Report on horse surra - Volume I
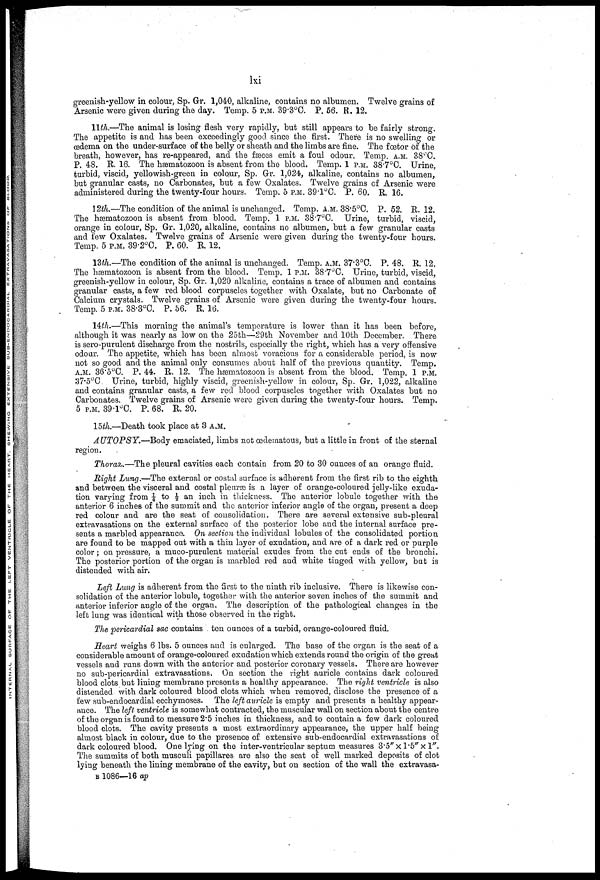
lxi
greenish-yellow in colour, Sp. Gr. 1,040, alkaline, contains no albumen. Twelve grains of
Arsenic were given during the day. Temp. 5 P.M. 39.3°C. P. 56. R. 12.
11th,—The animal is losing flesh very rapidly, but still appears to be fairly strong.
The appetite is and has been exceedingly good since the first. There is no swelling or
œdema on the under-surface of the belly or sheath and the limbs are fine. The fœtor of the
breath, however, has re-appeared, and the fasces emit a foul odour. Temp. A.M. 38°C.
P. 48. R. 16. The hæmatozoon is absent from the blood. Temp. 1 P.M. 38.7°0. Urine,
turbid, viscid, yellowish-green in colour, Sp. Gr. 1,024, alkaline, contains no albumen,
but granular casts, no Carbonates, but a few Oxalates. Twelve grains of Arsenic were
administered during the twenty-four hours. Temp. 5 P.M. 39.l°C. P. 60. R. 16.
12th.—The condition of the animal is unchanged. Temp. A.M. 38.5°C. P. 52. R. 12.
The hæmatozoon is absent from blood. Temp. 1 P.M. 38.7°C. Urine, turbid, viscid,
orange in colour, Sp. Gr. 1,020, alkaline, contains no albumen, but a few granular casts
and few Oxalates. Twelve grains of Arsenic were given during the twenty-four hours.
Temp. 5 P.M. 39.2°C. P. 60. R. 12.
13th.—The condition of the animal is unchanged. Temp. A.M. 37.3°C. P. 48. R. 12.
The hæmatozoon is absent from the blood. Temp. 1 P.M. 38.7°C. Urine, turbid, viscid,
greenish-yellow in colour, Sp. Gr. 1,020 alkaline, contains a trace of albumen and contains
granular casts, a few red blood corpuscles together with Oxalate, but no Carbonate of
Calcium crystals. Twelve grains of Arsenic were given during the twenty-four hours.
Temp. 5 P.M. 38.3°C. P. 56. R. 16.
14th.—This morning the animal's temperature is lower than it has been before,
although it was nearly as low on the 25th—29th November and 10th December. There
is sero-purulent discharge from the nostrils, especially the right, which has a very offensive
odour. The appetite, which has been almost voracious for a considerable period, is now
not so good and the animal only consumes about half of the previous quantity. Temp.
A.M. 36.5°C. P. 44. R. 12. The hæmatozoon is absent from the blood. Temp. 1 P.M.
37.5°C. Urine, turbid, highly viscid, greenish-yellow in colour, Sp. Gr. 1,022, alkaline
and contains granular casts, a few red blood corpuscles together with Oxalates but no
Carbonates. Twelve grains of Arsenic were given during the twenty-four hours. Temp.
5 P.M. 39.l°C. P. 68. R. 20.
15th.—Death took place at 3 A.M.
AUTOPSY.—Body emaciated, limbs not (edematous, but a little in front of the sternal
region.
Thorax.—The pleural cavities each contain from 20 to 30 ounces of an orange fluid.
Right Lung,—The external or costal surface is adherent from the first rib to the eighth
and between the visceral and costal pleuræ is a layer of orange-coloured jelly-like exuda-
tion varying from ¼ to ½ an inch in thickness. The anterior lobule together with the
anterior 6 inches of the summit and the anterior inferior angle of the organ, present a deep
red colour and are the seat of consolidation. There are several extensive sub-pleural
extravasations on the external surface of the posterior lobe and the internal surface pre-
sents a marbled appearance. On section the individual lobules of the consolidated portion
are found to be mapped out with a thin layer of exudation, and are of a dark red or purple
color ; on pressure, a muco-purulent material exudes from the cut ends of the bronchi.
The posterior portion of the organ is marbled red and white tinged with yellow, but is
distended with air.
Left Lung is adherent from the first to the ninth rib inclusive. There is likewise con-
solidation of the anterior lobule, together with the anterior seven inches of the summit and
anterior inferior angle of the organ. The description of the pathological changes in the
left lung was identical with those observed in the right.
The pericardial sac contains ten ounces of a turbid, orange-coloured fluid.
Heart weighs 6 lbs. 5 ounces and is enlarged. The base of the organ is the seat of a
considerable amount of orange-coloured exudation which extends round the origin of the great
vessels and runs down with the anterior and posterior coronary vessels. There are however
no sub-pericardial extravasations. On section the right auricle contains dark coloured
blood clots but lining membrane presents a healthy appearance. The right ventricle is also
distended with dark coloured blood clots which when removed, disclose the presence of a
few sub-endocardial ecchymoses. The left auricle is empty and presents a healthy appear-
ance. The left ventricle is somewhat contracted, the muscular wall on section about the centre
of the organ is found to measure 2.5 inches in thickness, and to contain a few dark coloured
blood clots. The cavity presents a most extraordinary appearance, the upper half being
almost black in colour, due to the presence of extensive sub-endocardial extravasations of
dark coloured blood. One lying on the inter-ventricular septum measures 3.5"×l.5"×l".
The summits of both musculi papillares are also the seat of well marked deposits of clot
lying beneath the lining membrane of the cavity, but on section of the wall the extravasa-
B 1086—16 ap